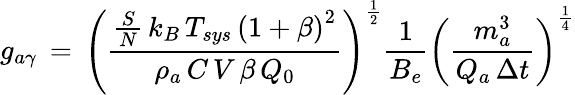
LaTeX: g_{a\gamma}\, =\, \left(\frac{\frac{S}{N}\, k_{B}\, T_{sys}\, \left(1+\beta\right)^{2}}{\rho_{a}\, C\, V\, \beta\, Q_{0}}\right)^{\frac{1}{2}}\frac{1}{B_{e}}\left(\frac{m_{a}^{3}}{Q_{a}\, \Delta t}\right)^{\frac{1}{4}}